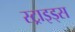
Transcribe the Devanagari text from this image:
स्ट्राइड्स